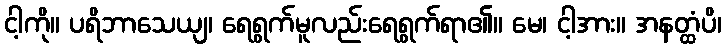
ငါ့ကို။ ပရိဘာသေယျ၊ ရေရွက်မူလည်းရေရွက်ရာ၏။ မေ၊ ငါ့အား။ အနတ္ထံပိ၊